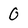
Character: 0